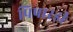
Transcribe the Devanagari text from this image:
पिषारडी